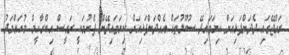
ރައްޖޭގައި ދެދަންފަޅިއަށް ކިޔަވައިދޭ ސުކޫލުތައް އެއްދަންފަޅިއަށް ކިޔަވައިދޭން ފެށުމަކީ ރައީސް އިބްރާހީމް މުހައްމަދު